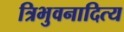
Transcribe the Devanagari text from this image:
त्रिभुवनादित्य